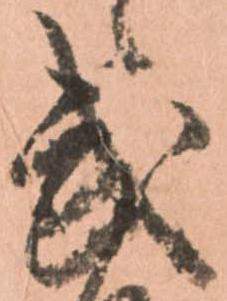
武